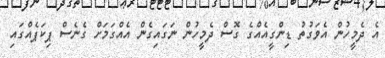
އެ ދެމީހުން އެވަގުތު ޑިންގީއެއްގެ ގޮސް ދެމީހުން ނަގައިގެން އެއްގަމަށް ގެނެސް ޕިކަޕެއްގައި